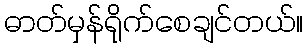
ဓာတ်မှန်ရိုက်စေချင်တယ်။